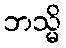
ဘသ္မိ